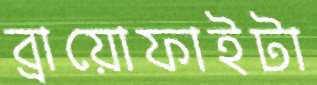
ব্রায়োফাইটা